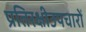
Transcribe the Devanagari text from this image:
प्रतिरक्षीउपचारों